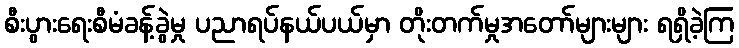
စီးပွားရေးစီမံခန့်ခွဲမှု ပညာရပ်နယ်ပယ်မှာ တိုးတက်မှုအတော်များများ ရရှိခဲ့ကြ